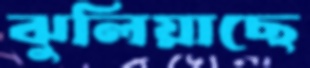
ঝুলিয়াছে